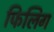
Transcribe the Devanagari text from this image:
फिलिग